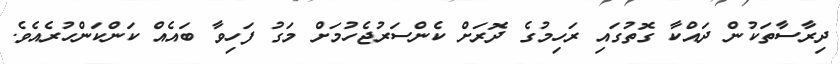
ދިރާސާތަކުން ދައްކާ ގޮތުގައި ރަހިމުގެ ދޮރަށް ކެންސަރުޖެހުމަށް މަގު ފަހިވާ ބައެއް ކަންކަންހުރެއެވެ.